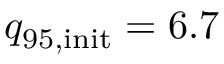
{ q _ { 9 5 , \mathrm { i n i t } } = 6 . 7 }